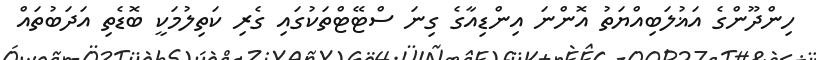
ހިންދޫންގެ އަޣުލަބިއްޔަތު އޮންނަ އިންޑިއާގެ ގިނަ ސްޓޭޓްތަކުގައި ގެރި ކަތިލުމަކީ ބޮޑެތި އަދަބުތައް